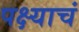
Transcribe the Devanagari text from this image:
पक्ष्याचं